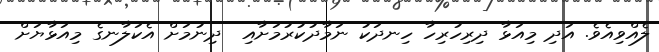
ލެއްވިއެވެ. އަދި މިއަޅާ ދިރިހުރިހާ ހިނދަކު ނަމާދުކުރުމަށާއި  ދިނުމަށް އެކަލާނގެ މިއަޅާޔަށް